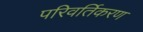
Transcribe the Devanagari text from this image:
परिवर्तिकरण